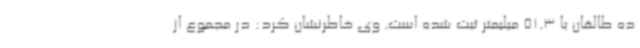
ده طالقان با 51.3 میلیمتر ثبت شده است. وی خاطرنشان کرد: در مجموع از